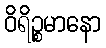
ဝိရိဉ္စမာနော